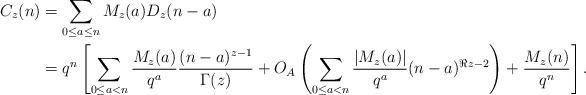
LaTeX: \begin{align*}C_z(n) &= \sum_{0\leq a \leq n}M_z(a)D_z(n-a) \\&= q^n \left[ \sum_{0\leq a < n}\frac{M_z(a)}{q^a}\frac{(n-a)^{z-1}}{\Gamma(z)} + O_A\left(\sum_{0\leq a < n} \frac{|M_z(a)|}{q^a}(n-a)^{\Re{z}-2}\right) + \frac{M_z(n)}{q^n} \right].\end{align*}